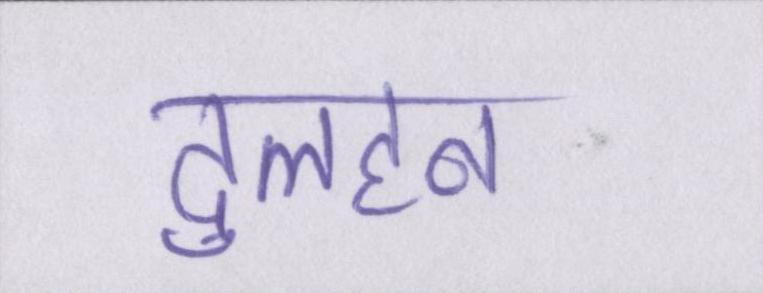
दुलहन